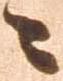
々